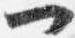
一